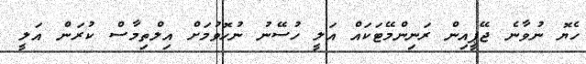
ހެޔޮ ނުވާނެ ޖޭޕީއިން ރަނިންމޭޓަކައް އަލީ ހުސޭނު ނުހޮވުމަށް އިލްތިމާސް ކުރަން އަލީ